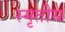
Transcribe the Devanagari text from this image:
स्मृतीय